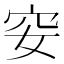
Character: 𥤨